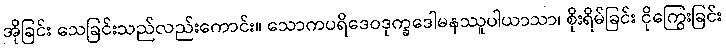
အိုခြင်း သေခြင်းသည်လည်းကောင်း။ သောကပရိဒေဝဒုက္ခဒေါမနဿူပါယာသာ၊ စိုးရိမ်ခြင်း ငိုကြွေးခြင်း